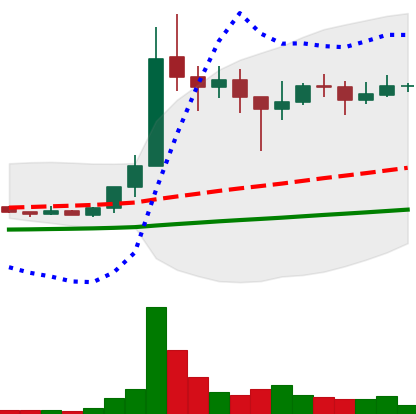
Ticker: XLM-USD
Chart end date: 2021-01-18
Forward return: -11.151%
Label: down_7plus